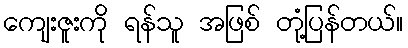
ကျေးဇူးကို ရန်သူ အဖြစ် တုံ့ပြန်တယ်။